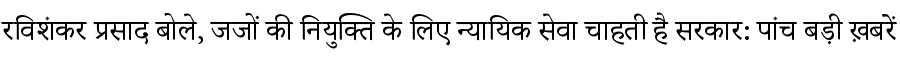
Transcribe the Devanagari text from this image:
रविशंकर प्रसाद बोले, जजों की नियुक्ति के लिए न्यायिक सेवा चाहती है सरकार: पांच बड़ी ख़बरें